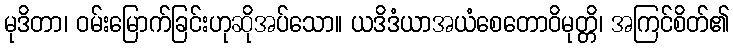
မုဒိတာ၊ ဝမ်းမြောက်ခြင်းဟုဆိုအပ်သော။ ယဒိဒံယာအယံစေတောဝိမုတ္တိ၊ အကြင်စိတ်၏